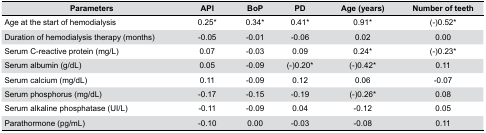
<table><thead><tr><td><b>Parameters</b></td><td><b>API</b></td><td><b>BoP</b></td><td><b>PD</b></td><td><b>Age (years)</b></td><td><b>Number of teeth</b></td></tr></thead><tbody><tr><td>Age at the start of hemodialysis</td><td>0.25*</td><td>0.34*</td><td>0.41*</td><td>0.91*</td><td>(-)0.52*</td></tr><tr><td>Duration of hemodialysis therapy (months)</td><td>-0.05</td><td>-0.01</td><td>-0.06</td><td>0.02</td><td>0.00</td></tr><tr><td>Serum C-reactive protein (mg/L)</td><td>0.07</td><td>-0.03</td><td>0.09</td><td>0.24*</td><td>(-)0.23*</td></tr><tr><td>Serum albumin (g/dL)</td><td>0.05</td><td>-0.09</td><td>(-)0.20*</td><td>(-)0.42*</td><td>0.11</td></tr><tr><td>Serum calcium (mg/dL)</td><td>0.11</td><td>-0.09</td><td>0.12</td><td>0.06</td><td>-0.07</td></tr><tr><td>Serum phosphorus (mg/dL)</td><td>-0.17</td><td>-0.15</td><td>-0.19</td><td>(-)0.26*</td><td>0.08</td></tr><tr><td>Serum alkaline phosphatase (UI/L)</td><td>-0.11</td><td>-0.09</td><td>0.04</td><td>-0.12</td><td>0.05</td></tr><tr><td>Parathormone (pg/mL)</td><td>-0.10</td><td>0.00</td><td>-0.03</td><td>-0.08</td><td>0.11</td></tr></tbody></table>